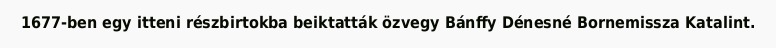
1677-ben egy itteni részbirtokba beiktatták özvegy Bánffy Dénesné Bornemissza Katalint.